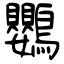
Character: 鸚